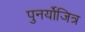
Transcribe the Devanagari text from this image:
पुनर्योजित्र